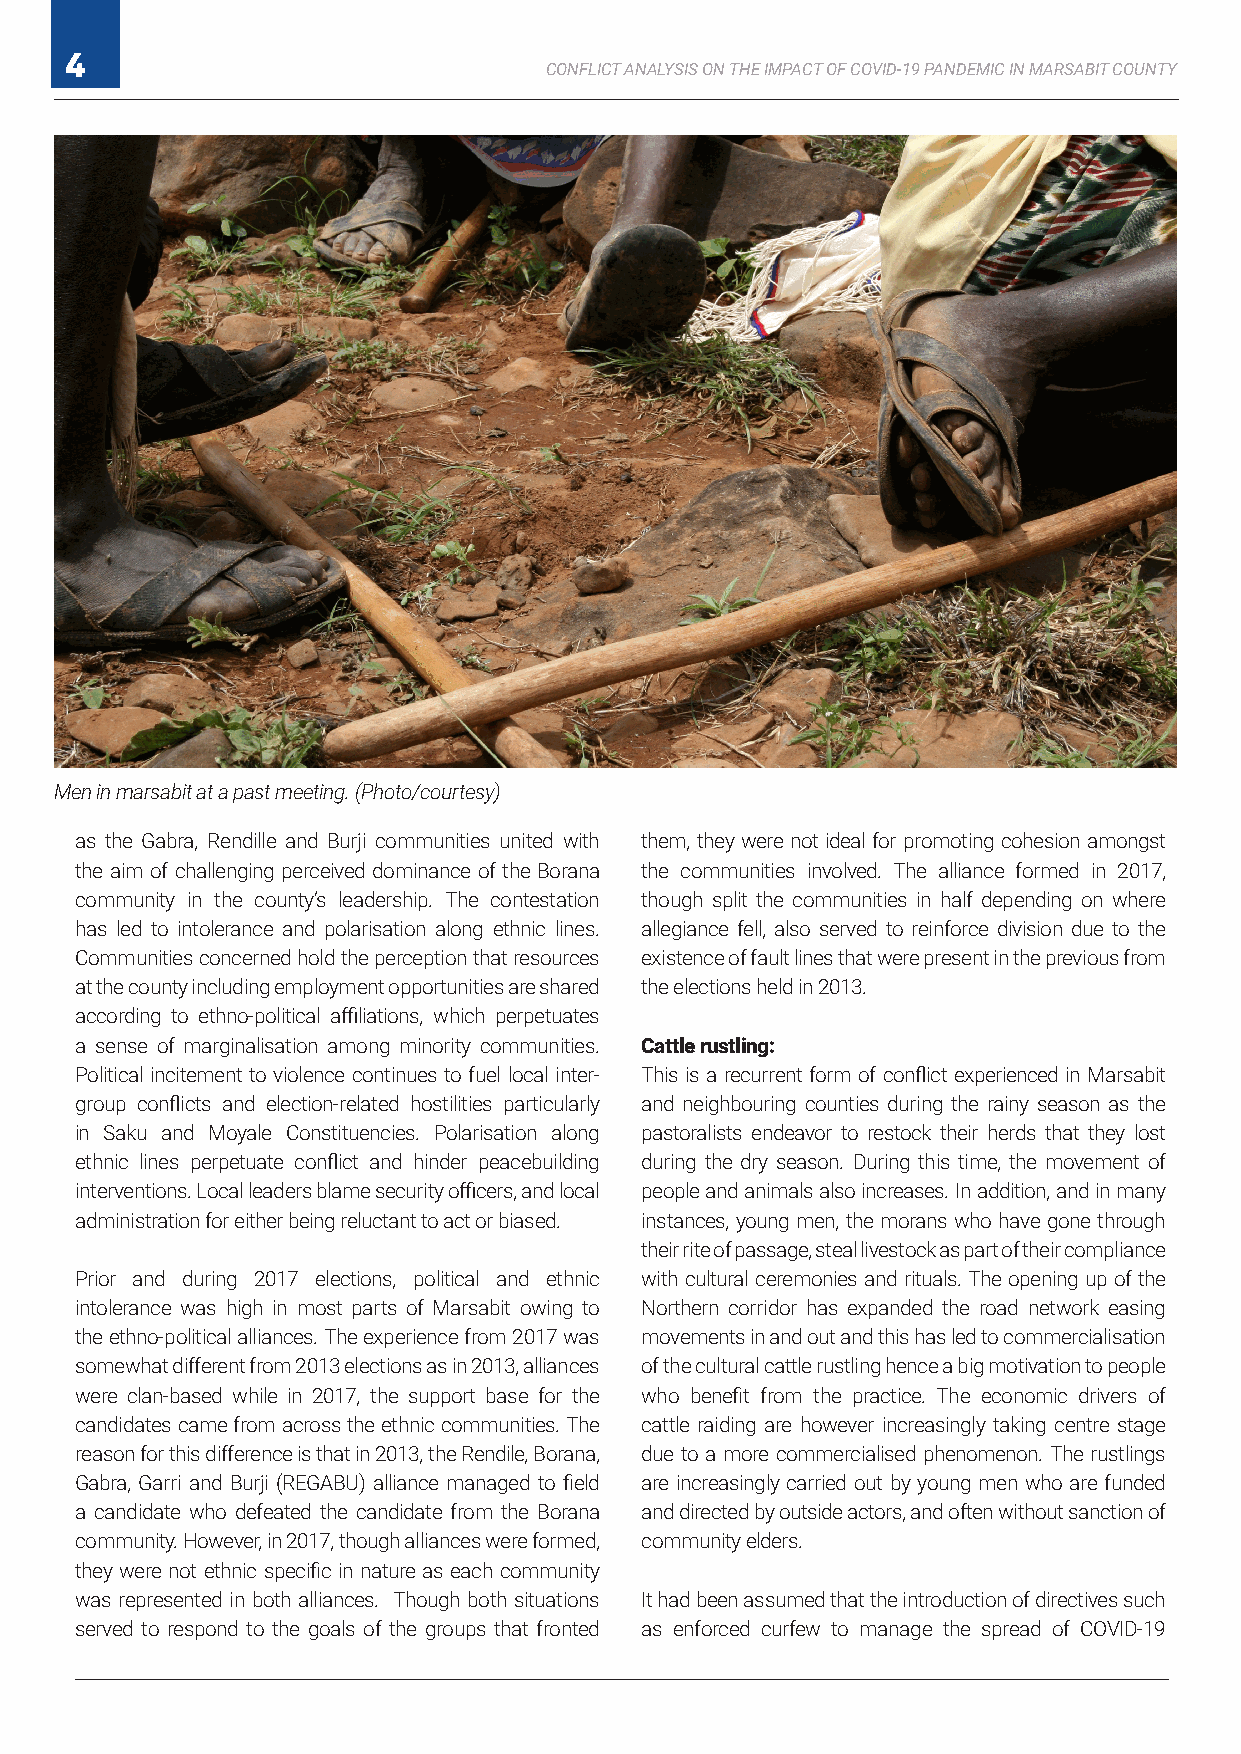
4
 CONFLICT ANALYSIS ON THE IMPACT OF COVID-19 PANDEMIC IN MARSABIT COUNTY
 Men in marsabit at a past meeting. (Photo/courtesy)
 as the Gabra, Rendille and Burji communities united with them, they were not ideal for promoting cohesion amongst
 the aim of challenging perceived dominance of the Borana the communities involved. The alliance formed in 2017,
 community in the county’s leadership. The contestation though split the communities in half depending on where
 has led to intolerance and polarisation along ethnic lines. allegiance fell, also served to reinforce division due to the
 Communities concerned hold the perception that resources existence of fault lines that were present in the previous from
 at the county including employment opportunities are shared the elections held in 2013.
 according to ethno-political affiliations, which perpetuates
 a sense of marginalisation among minority communities. Cattle rustling:
 Political incitement to violence continues to fuel local inter- This is a recurrent form of conflict experienced in Marsabit
 group conflicts and election-related hostilities particularly and neighbouring counties during the rainy season as the
 in Saku and Moyale Constituencies. Polarisation along pastoralists endeavor to restock their herds that they lost
 ethnic lines perpetuate conflict and hinder peacebuilding during the dry season. During this time, the movement of
 interventions. Local leaders blame security officers, and local people and animals also increases. In addition, and in many
 administration for either being reluctant to act or biased. instances, young men, the morans who have gone through
 their rite of passage, steal livestock as part of their compliance
 Prior and during 2017 elections, political and ethnic with cultural ceremonies and rituals. The opening up of the
 intolerance was high in most parts of Marsabit owing to Northern corridor has expanded the road network easing
 the ethno-political alliances. The experience from 2017 was movements in and out and this has led to commercialisation
 somewhat different from 2013 elections as in 2013, alliances of the cultural cattle rustling hence a big motivation to people
 were clan-based while in 2017, the support base for the who benefit from the practice. The economic drivers of
 candidates came from across the ethnic communities. The cattle raiding are however increasingly taking centre stage
 reason for this difference is that in 2013, the Rendile, Borana, due to a more commercialised phenomenon. The rustlings
 Gabra, Garri and Burji (REGABU) alliance managed to field are increasingly carried out by young men who are funded
 a candidate who defeated the candidate from the Borana and directed by outside actors, and often without sanction of
 community. However, in 2017, though alliances were formed, community elders.
 they were not ethnic specific in nature as each community
 was represented in both alliances. Though both situations It had been assumed that the introduction of directives such
 served to respond to the goals of the groups that fronted as enforced curfew to manage the spread of COVID-19